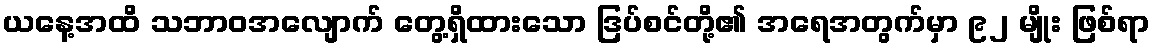
ယနေ့အထိ သဘာဝအလျောက် တွေ့ရှိထားသော ဒြပ်စင်တို့၏ အရေအတွက်မှာ ၉၂ မျိုး ဖြစ်ရာ